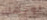
لوجهك